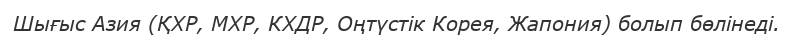
Шығыс Азия (ҚХР, МХР, КХДР, Оңтүстік Корея, Жапония) болып бөлінеді.